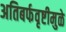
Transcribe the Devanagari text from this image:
अतिबर्फवृष्टीमुळे